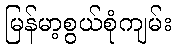
မြန်မာ့စွယ်စုံကျမ်း